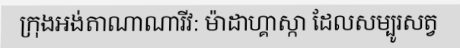
ក្រុងអង់តាណាណារីវ: ម៉ាដាហ្គាស្កា ដែលសម្បូរសត្វ